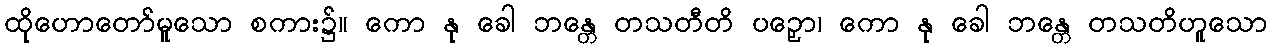
ထိုဟောတော်မူသော စကား၌။ ကော နု ခေါ ဘန္တေ တသတီတိ ပဉှော၊ ကော နု ခေါ ဘန္တေ တသတိဟူသော